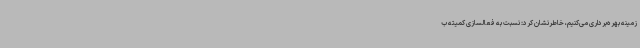
زمینه بهره‌برداری می‌کنیم، خاطرنشان کرد: نسبت به فعالسازی کمیته ب